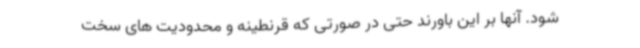
شود. آنها بر این باورند حتی در صورتی که قرنطینه و محدودیت های سخت